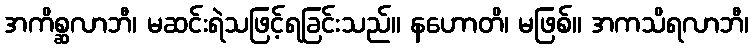
အကိစ္ဆလာဘီ၊ မဆင်းရဲသဖြင့်ရခြင်းသည်။ နဟောတိ၊ မဖြစ်။ အကသိရလာဘီ၊